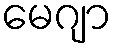
မေဂျာ